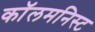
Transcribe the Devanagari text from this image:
कॉलमनिस्ट